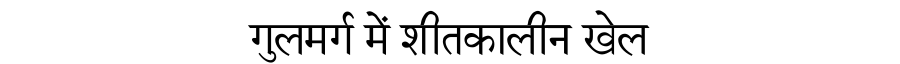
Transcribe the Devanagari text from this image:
गुलमर्ग में शीतकालीन खेल